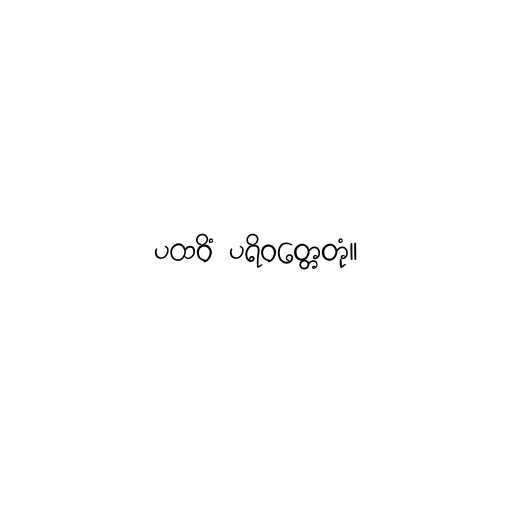
ပထဝိံ ပရိဝတ္တေတုံ။